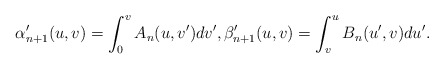
\begin{align*} \alpha_{n+1}'(u,v)=\int_0^vA_n(u,v')dv',\beta_{n+1}'(u,v)=\int_v^uB_n(u',v)du'.\end{align*}